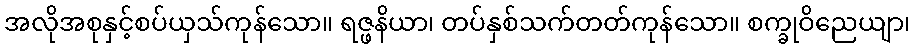
အလိုအစုနှင့်စပ်ယှသ်ကုန်သော။ ရဇ္ဖနိယာ၊ တပ်နှစ်သက်တတ်ကုန်သော။ စက္ခုဝိညေယျာ၊